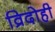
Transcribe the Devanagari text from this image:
व्रिदोही